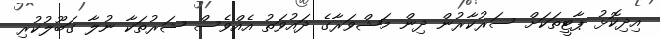
އިދިކޮޅު ޕާޓީތަކަށް ސަރުކާރުން ދިން މަޝްވަރާގެ ދައުވަތު އެއްވެސް ޝަރުތަކާ ނުލާ ގަބޫލުކުރި